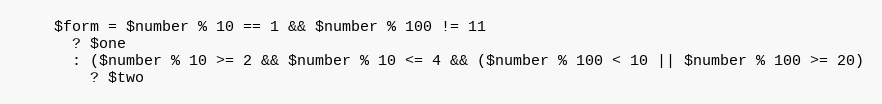
Language: PHP
    $form = $number % 10 == 1 && $number % 100 != 11
      ? $one
      : ($number % 10 >= 2 && $number % 10 <= 4 && ($number % 100 < 10 || $number % 100 >= 20)
        ? $two